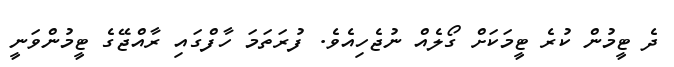
ދެ ޓީމުން ކުރެ ޓީމަކަށް ގޯލެއް ނުޖެހިއެވެ. ފުރަތަމަ ހާފްގައި ރާއްޖޭގެ ޓީމުންވަނީ